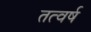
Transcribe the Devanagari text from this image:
तत्वर्ष